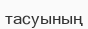
тасуының